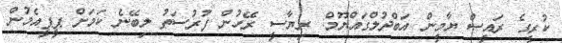
ކުރީގެ ރައީސް ޔާމީން އަބްދުލްގައްޔޫމް: ރިޔާސީ ރޭހުން ފުރުސަތު ލިބޭނެ ކަމަށް ޕީޕީއެމުން